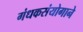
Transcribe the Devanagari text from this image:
गंधकसंयोगाने